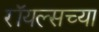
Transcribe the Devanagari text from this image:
रॉयल्सच्या